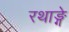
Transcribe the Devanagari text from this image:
रथाङ्गे